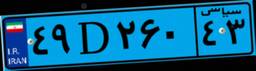
۴۹D۲۶۰۴۳